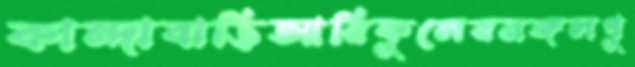
কান্দাবাড়িআরিফুলেরমঙ্গলপু